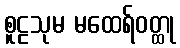
စူဠသုမ မထေရ်ဝတ္ထု